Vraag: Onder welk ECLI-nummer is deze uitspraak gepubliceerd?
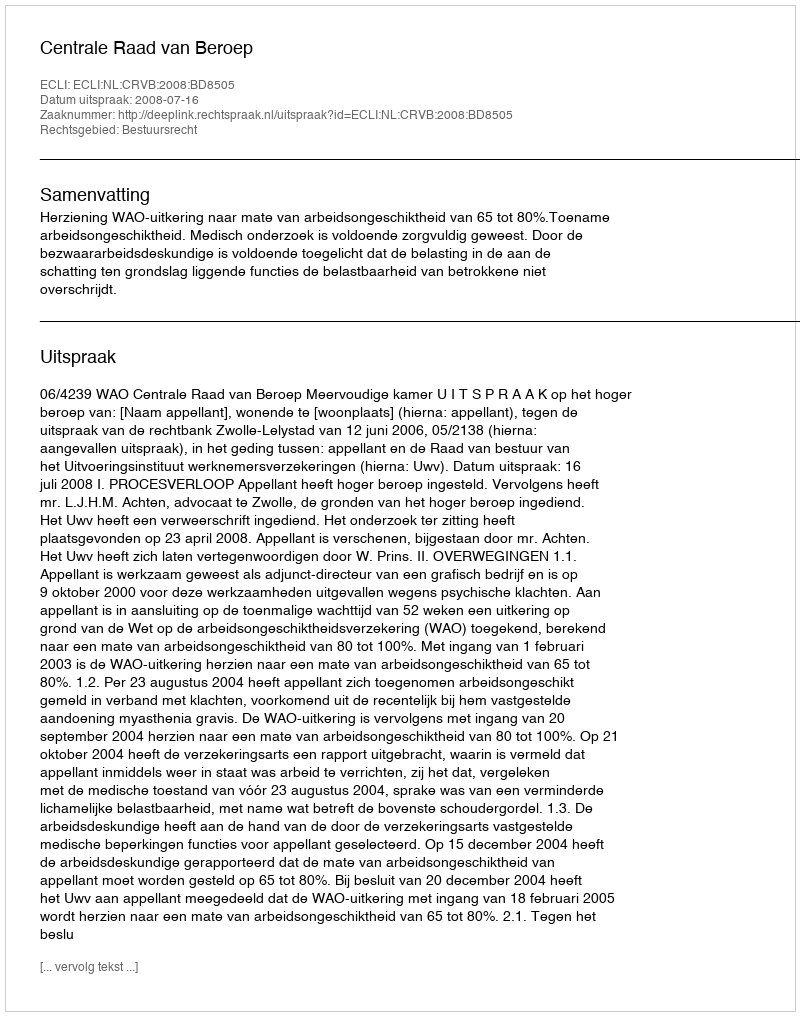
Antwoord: ECLI:NL:CRVB:2008:BD8505